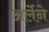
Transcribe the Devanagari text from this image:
अर्लेने